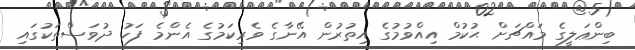
ބިންޢަލީގެ މައްޗަށް ޙުުކުމް އިއްވުމުގެ އިތުރުން އޭނާގެ ވެރިކަމުގެ އެންމެ ފަހު ދުވަސްތަކުގައި